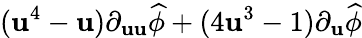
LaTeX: (\mathbf{u}^{4}-\mathbf{u})\partial_{\mathbf{u}\mathbf{u}}\widehat{{\phi}}+(4\mathbf{u}^{3}-1)\partial_{\mathbf{u}}\widehat{{\phi}}